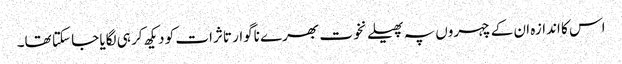
اس کا اندازہ ان کے چہروں پہ پھیلے نخوت بھرے ناگوار تاثرات کو دیکھ کر ہی لگایا جا سکتا تھا۔